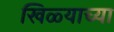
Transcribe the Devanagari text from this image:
खिळ्याच्या